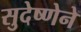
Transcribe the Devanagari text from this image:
सुदेष्णेने